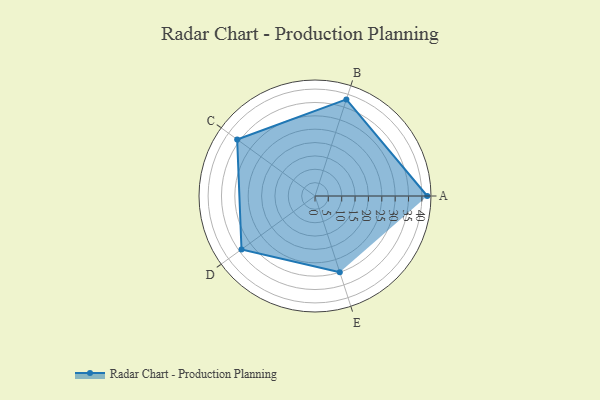
{"axis": {"x": "Skill", "y": "Score"}, "legend": ["Profile"], "data": [{"x": "A", "y": 42.0, "type": "Profile"}, {"x": "B", "y": 38.0, "type": "Profile"}, {"x": "C", "y": 36.0, "type": "Profile"}, {"x": "D", "y": 34.0, "type": "Profile"}, {"x": "E", "y": 30.0, "type": "Profile"}]}